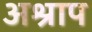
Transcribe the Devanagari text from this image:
अश्राप